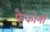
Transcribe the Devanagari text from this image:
फैंकोनी